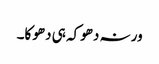
ورنہ دھوکہ ہی دھوکا۔